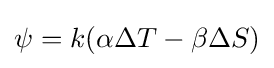
\psi =k(\alpha \Delta T-\beta \Delta S)